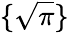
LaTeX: \{ {\sqrt{\pi}}\}